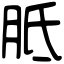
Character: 胝